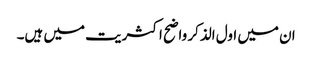
ان میں اول الذکر واضح اکثریت میں ہیں۔